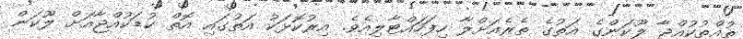
ތުއްތުކުއްޖާ ލޫކަންގެ އަތުގެ ތެރެއަށްލާ ހިފަހައްޓާލިއެވެ. އިރުކޮޅަކު އަތުގައި އޮތް ކުޑަކުއްޖާއަށް ލޫކަން